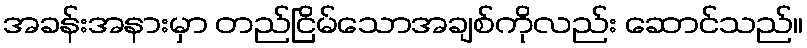
အခန်းအနားမှာ တည်ငြိမ်သောအချစ်ကိုလည်း ဆောင်သည်။